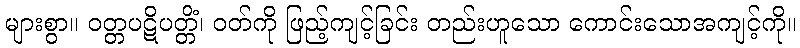
များစွာ။ ဝတ္တပဋိပတ္တိံ၊ ဝတ်ကို ဖြည့်ကျင့်ခြင်း တည်းဟူသော ကောင်းသောအကျင့်ကို။